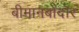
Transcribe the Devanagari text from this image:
बीमानबोंदोर